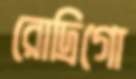
রোদ্রিগো